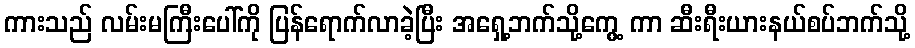
ကားသည် လမ်းမကြီးပေါ်ကို ပြန်ရောက်လာခဲ့ပြီး အရှေ့ဘက်သို့ကွေ့ ကာ ဆီးရီးယားနယ်စပ်ဘက်သို့